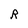
Character: R